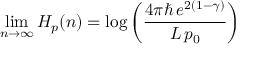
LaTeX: \operatorname* { l i m } _ { n \to \infty } H _ { p } ( n ) = \log \left( { \frac { 4 \pi \hbar \, e ^ { 2 ( 1 - \gamma ) } } { L \, p _ { 0 } } } \right)